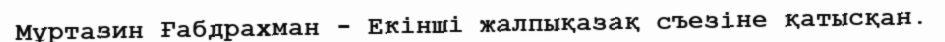
Мұртазин Ғабдрахман - Екінші жалпықазақ съезіне қатысқан.